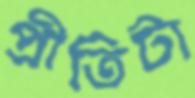
প্রীতিটা